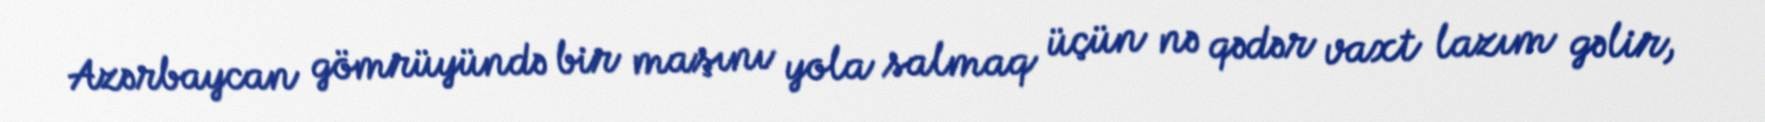
Azərbaycan gömrüyündə bir maşını yola salmaq üçün nə qədər vaxt lazım gəlir,